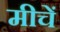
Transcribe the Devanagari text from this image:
मीचें